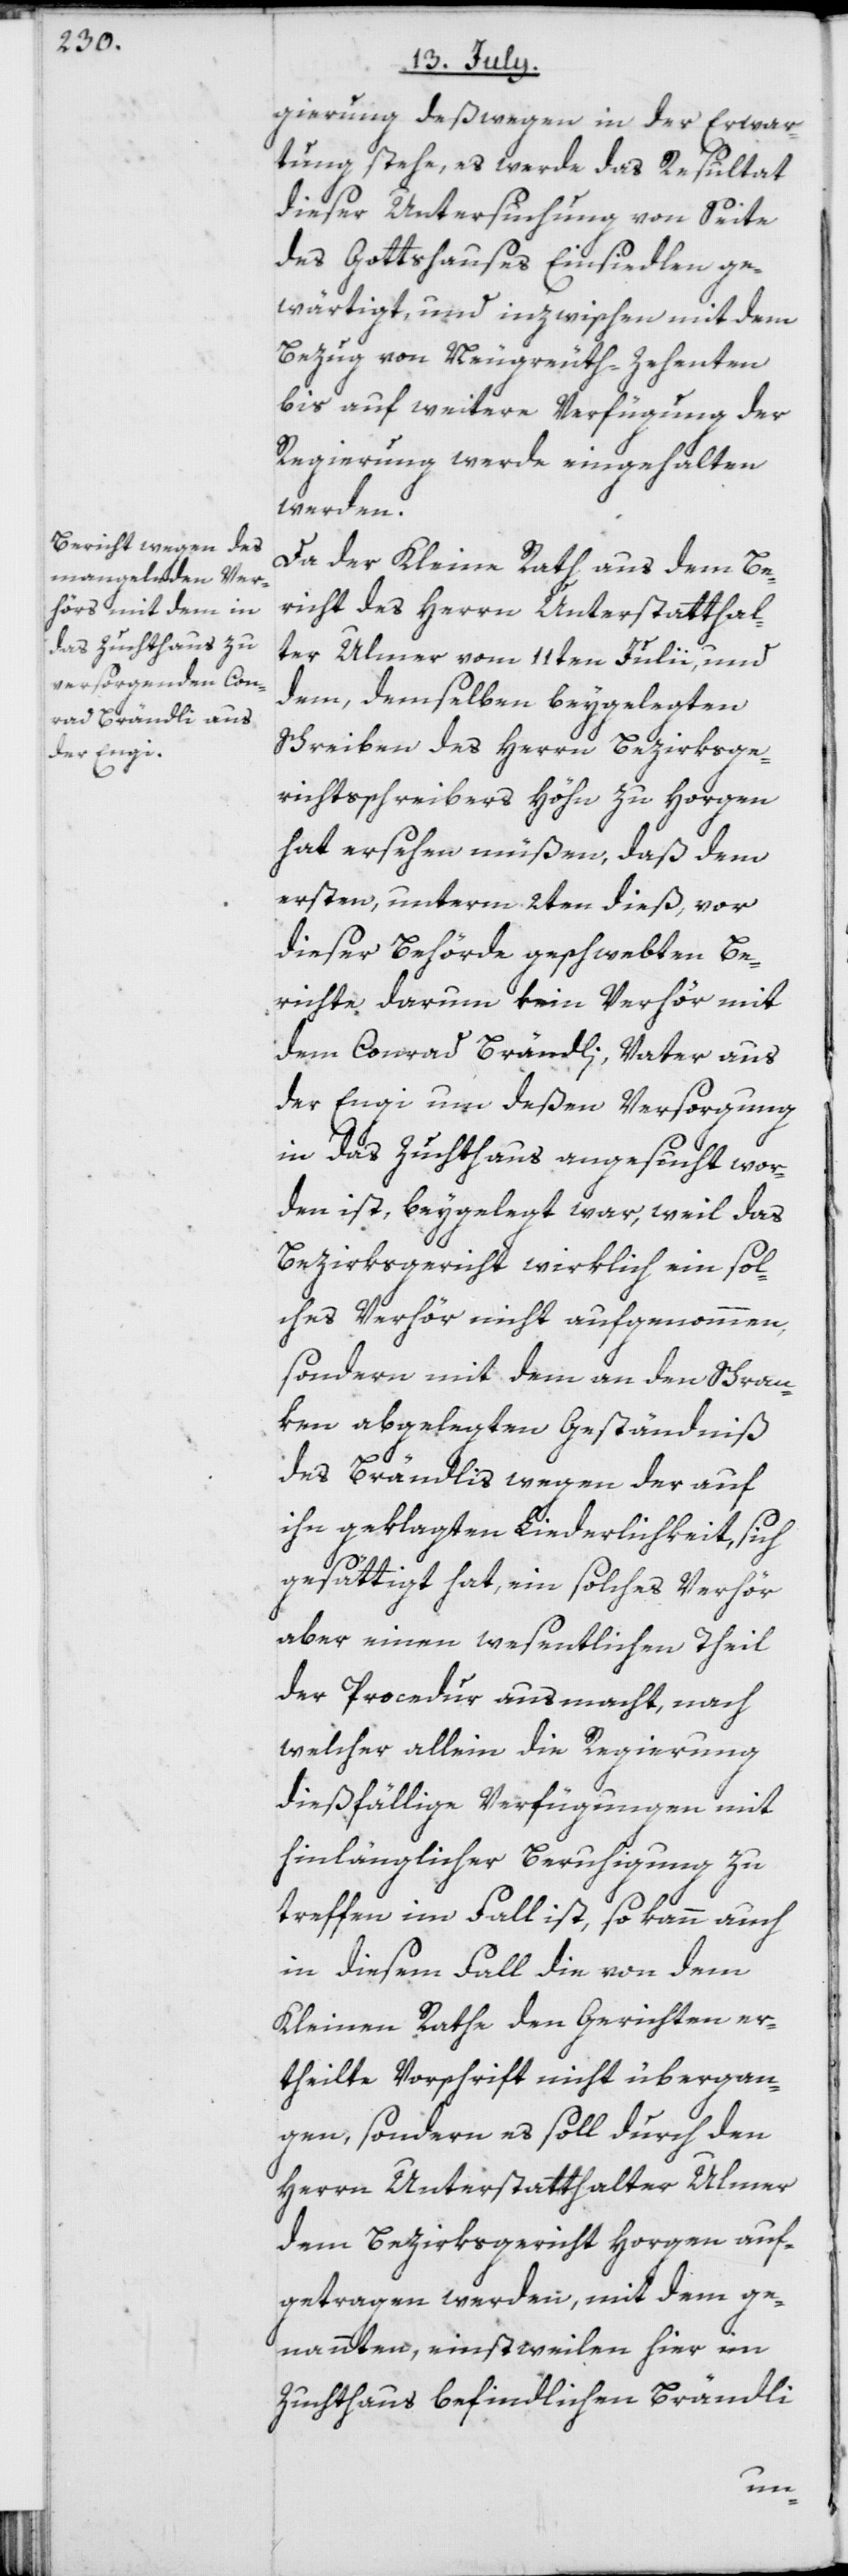
gierung deßwegen in der Erwar¬
tung stehe, es werde das Resultat
dieser Untersuchung von Seite
des Gottshauses Einsiedlen ge¬
wärtigt, und inzwischen mit dem
Bezug von Neugreuth-Zehenten
bis auf weitere Verfügung der
Regierung werde eingehalten
werden.
Da der Kleine Rath aus dem Be¬
richt des Herrn Unterstatthal¬
ter Ulmer vom 11ten Julii, und
dem, demselben beygelegten
Schreiben des Herrn Bezirksge¬
richtsschreibers Höhn zu Horgen
hat ersehen müßen, daß dem
ersten, unterm 2ten dieß, vor
dieser Behörde geschwebten Be¬
richte darum kein Verhör mit
dem Conrad Brändli, Vater aus
der Engi um deßen Versorgung
in das Zuchthaus angesucht wor¬
den ist, beygelegt war, weil das
Bezirksgericht wirklich ein sol¬
ches Verhör nicht aufgenommen,
sondern mit dem an den Schran¬
ken abgelegten Geständniß
des Brändlis wegen der auf
ihn geklagten Liederlichkeit, sich
gesättigt hat, ein solches Verhör
aber einen wesentlichen Theil
der Procedur ausmacht, nach
welcher allein die Regierung
dießfällige Verfügungen mit
hinlänglicher Beruhigung zu
treffen im Fall ist, so kann auch
in diesem Fall die von dem
Kleinen Rathe den Gerichten er¬
theilte Vorschrift nicht übergan¬
gen, sondern es soll durch den
Herrn Unterstatthalter Ulmer
dem Bezirksgericht Horgen auf¬
getragen werden, mit dem ge¬
nannten, einstweilen hier im
Zuchthaus befindlichen Brändli